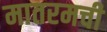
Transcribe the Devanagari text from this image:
मातरमची